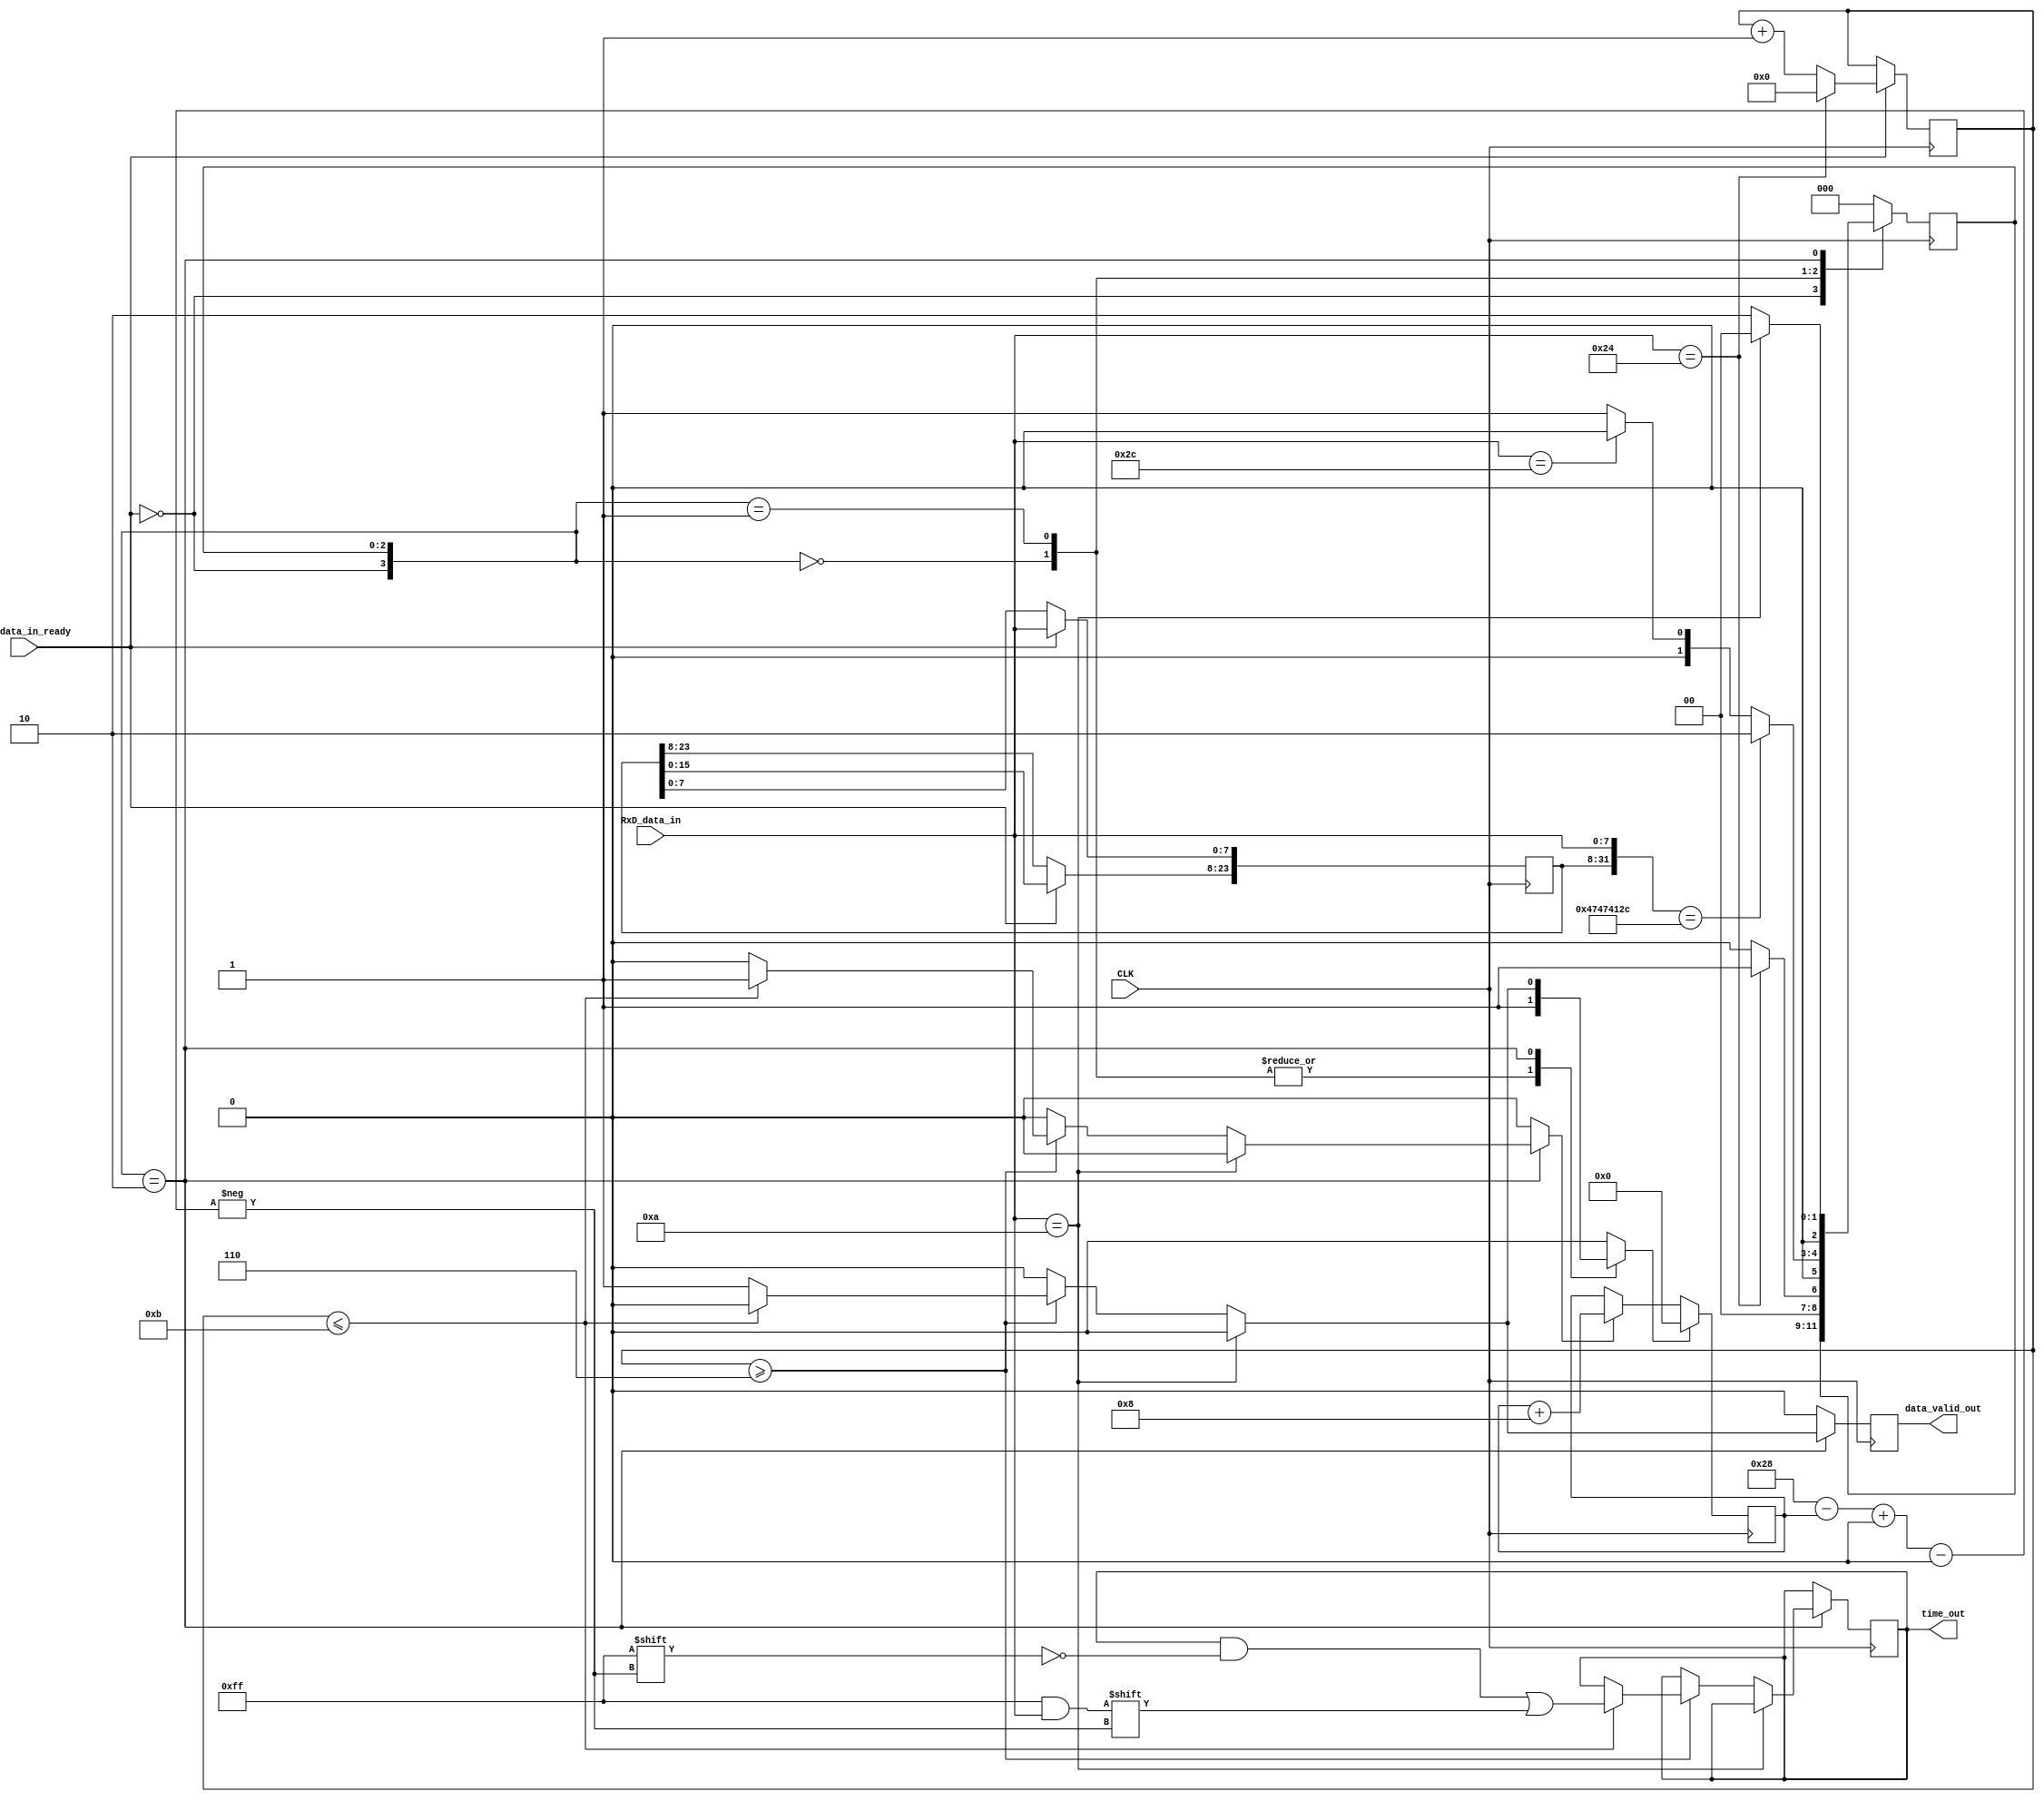
module gps(CLK, RxD_data_in_ready, RxD_data_in, time_out, data_valid_out);
input CLK;
input RxD_data_in_ready;
input [7:0] RxD_data_in;

output wire [47:0] time_out;
output wire data_valid_out;


//=========================================================================================
//------- Create the mechanism to grab the serial data and parse it -----------------------
//=========================================================================================

// State Machine Variables
parameter ST_IDLE=0, ST_CHECK=1, ST_PARSE=2;
reg [2:0] PS=ST_IDLE;	//this is a register
reg [2:0] NS;	//this is the combinational output line driving the register.

// Local variables
reg [7:0] CHAR_CNT=0;
reg [23:0] NMEA=0;

// Data registers
reg [47:0] time_reg;
reg data_valid_reg;

// Signals that will drive the Data registers
reg [47:0] time_sig;
reg data_valid_sig;

// Internal Counter
integer index_counter = 0;
reg inc_index;	//increment flag
reg clr_index;	//clear flag

// CREATE THE COUNTING MECHANISM FOR PARSING THE SERIAL DATA
always @(posedge CLK) begin
	if(RxD_data_in_ready) begin				
		if(RxD_data_in=="$")begin // '$': Start of frame
			CHAR_CNT<=0;
		end
		else begin
			CHAR_CNT<=CHAR_CNT+1;	
		end
	end	
end

// CREATE A SHIFT REGISTER TO LOOK FOR THE GGA MESSAGE
always @(posedge CLK) begin
	if(RxD_data_in_ready) begin				
		NMEA[23:8]<=NMEA[15:0];
		NMEA[7:0]<=RxD_data_in; //Grab the tag info						
	end	
end

// Create a register block for the state variable
always @(posedge CLK) begin
	PS <= NS;
end

// Create a counter for the indexing of the output variable
always @(posedge CLK) begin
	if(clr_index)
		index_counter = 0;
	else if(inc_index)
		index_counter = index_counter + 8;	//the data comes in 8 bits at a time. So we increment by 8.
	else
		index_counter = index_counter;
end

// Create a register block for the outputs
always @(posedge CLK) begin
	time_reg <= time_sig;
	data_valid_reg <= data_valid_sig;
end

// CREATE THE MECHNISM THAT PARSES THE SERIAL DATA
always @(RxD_data_in_ready, CHAR_CNT, RxD_data_in, NMEA, time_reg, index_counter, PS) begin	
	//set the default conditions
	time_sig   = time_reg;
	data_valid_sig = 1'b0;
	inc_index = 1'b0;
	clr_index = 1'b0;
	NS = PS;
	
	//the state machine combinational logic
	casex({!RxD_data_in_ready, PS})		
		//---------------------------------------------------------------------------------
		4'b1xxx: begin	//data is not valid, so we are just going to wait.
			NS = PS;
		end
		//---------------------------------------------------------------------------------
		ST_IDLE: begin //Search for '$'		
			clr_index = 1'b1;
			if(RxD_data_in=="$")// '$': Start of frame	
				NS = ST_CHECK;
			else
				NS = ST_IDLE;
		end
		//---------------------------------------------------------------------------------
		ST_CHECK: begin //Check Tag, if not the proper tag go back to idle, else proceed to parse	
			clr_index = 1'b1;
			if({NMEA,RxD_data_in} == "GGA,")
				NS = ST_PARSE;	//Found the message we are looking for. 
								//Move to the next state
			else if(RxD_data_in == ",")
				NS = ST_IDLE;		//Wrong message, go back and search for the 
									//start of the next message.
			else
				NS = ST_CHECK;		//Wait for the complete message code to load
		end
		//---------------------------------------------------------------------------------
		ST_PARSE: begin //Parse the latitude and longitude		
			if(RxD_data_in==10) begin //LF: Line Feed, end of message, go to idle state					
				NS = ST_IDLE;
			end
			else begin	//valid data on the RxD_data_in line
				NS = ST_PARSE;				//stay in the current state
				if(CHAR_CNT>=6) begin
					if (CHAR_CNT<=11) begin
						inc_index = 1'b1;
						time_sig[(40-index_counter) +: 8] = RxD_data_in;
					end
					else begin
					data_valid_sig = 1'b1;
					clr_index = 1'b1;
					end			
				end
			end
		end	
		default: begin
			NS = ST_IDLE;
		end
	endcase		
end

//assign the outputs
assign time_out = time_reg;
assign data_valid_out = data_valid_reg;

endmodule